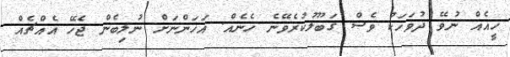
ހީއެއް ނުވޭ ދުވަހަކު ވެސް ގަބޫލުކުރެވޭނެ ހެނެއް. އަހަންނަށް ނުލިބެން ޖެހޭ އެއްޗެއް